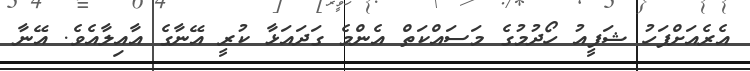
އެރެއަށްފަހު ޝަފީއު ހޯދުމުގެ މަސައްކަތް އެންމެ ގަދައަޅާ ކުރީ އޭނާގެ އާއިލާއެވެ. އޭނާ